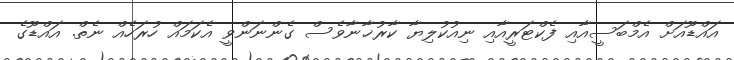
އައްޑޫއަށް އެމްބަސީއާއި ފެކްޓަރީއާއި ނިއުކުލިޔާ ކާރުޚާނާވެސް ގެންނަންވީ އެކަމައް ހުރަހެއް ނެތް. އައްޑޫގެ